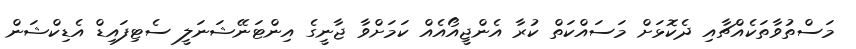
މަސްތުވާތަކެއްޗާއި ދެކޮޅަށް މަސައްކަތް ކުރާ އެންޖީއޯއެއް ކަމަށްވާ ޖާނީގެ އިންޓަނޭޝަނަލީ ސެޓިފައިޑް އެޑިކްޝަން